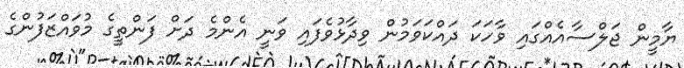
ޔާމީން ޖަލްސާއެއްގައި ވާހަކަ ދައްކަވަމުން ވިދާޅުވެފައި ވަނީ އެންމެ ދަށް ފަންތީގެ މުވައްޒަފުންގެ